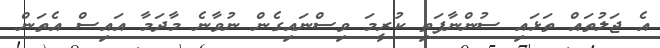
އެ ޖަލުތައް ތަޅައި ސުންނާފަތި ކުރީމަ ވިސްނައިގެން ނުވާނެ މާދަމާ އައިސް އެތަން